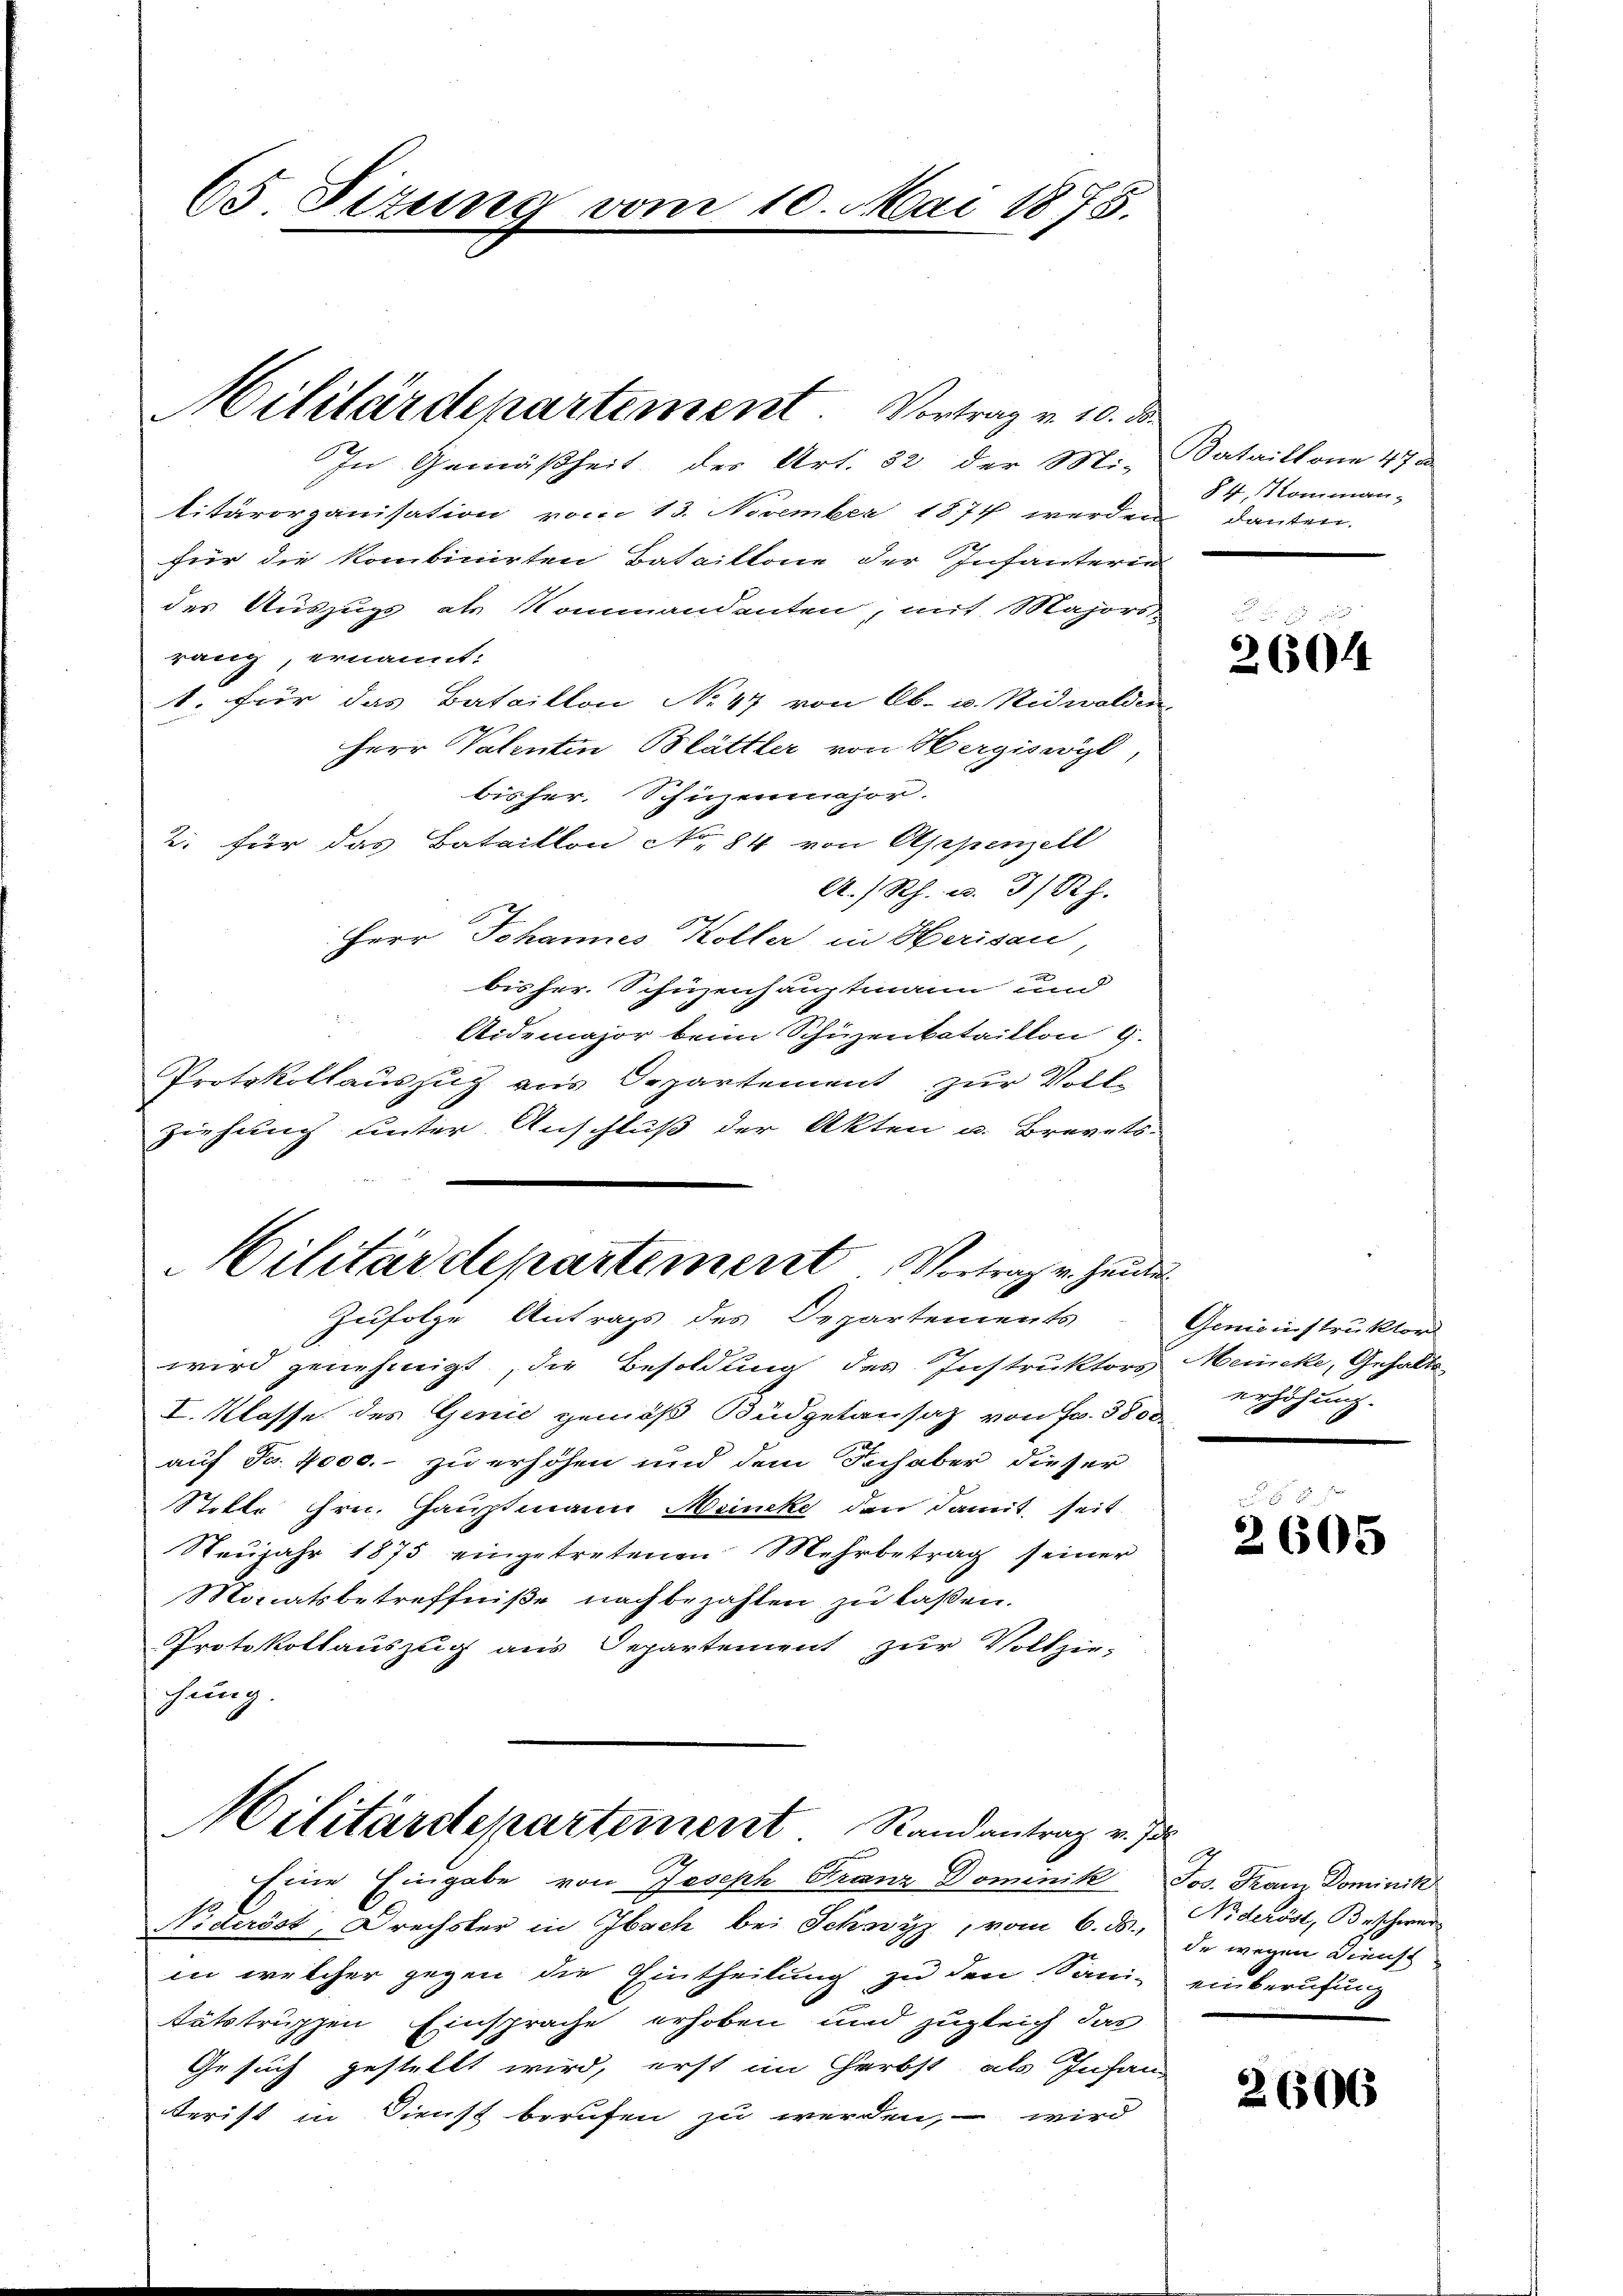
65. Sizung vom

In Gemäßheit der Art. 32 der Mi-Bataillone 47 d
litärorganisation vom 13. November 1874 werden danken.
für die kombinirten Bataillone der Infanteren
des Auszugs als Kommandanten, mit Majors
rang, ernannt:
1. für das Bataillon No 47 von Ob- u. Nidwalden
Herr Valenten Blättler von Hergiswyl,
bisher. Schüzenmajor.
2. für das Bataillon No 84 von Appenzell
A/Rh. u. 3/Rh.
Herr Johannes Koller in Herisau
bisher. Schüzenhauptmann und
Aidemajor beim Schüzenbataillon g
Protokollauszug aus Departement zur Vollziehung unter Anschluß der Akten u. Brevets
Militärdepartement Vortrag v. Heute

Militärdepartement. Vortrag v. 10. d.

10. Mai 1875.

Zufolge Antrags des Departements

wird genehmigt, die Besoldung des Instruktors Meuncke, Gehalts-
I. Klasse des Genie gemäß Büdgetansaz von Fr. 3800
auf Fr. 4000.- zu erhöhen und dem Schaber dieser
Stette Hrn. Hauptmann Meincke den Famit, seit
Neŭjahr 1875 eingetretenen Mehrbetrag seiner
Minatsbetreffniße nachbezahlen zu laßen.
Protokollauszug aus Departement zur Vollzie-
hung.
Militärdepartement Randantrag v. J.
Eine Eingabe von Joseph Franz Dominik Jos. Franz Dominik
Nideröst, Drechster in Absch bei Schwyz, vom 6. ds., da wegen Dienst
in welcher gegen die Eintheilung zu den Sani- einberufung
stätstrüppen Einsprache erhoben und zugleich das
Gesuch gestellt wird, erst im Herbst, als Infan
terist in Dienst berufen zu werden, – wird

§ 4. Komman-

26044

Gemeinstruktor
erhöhung.

2605

d
No deröst, Beschwer

26506